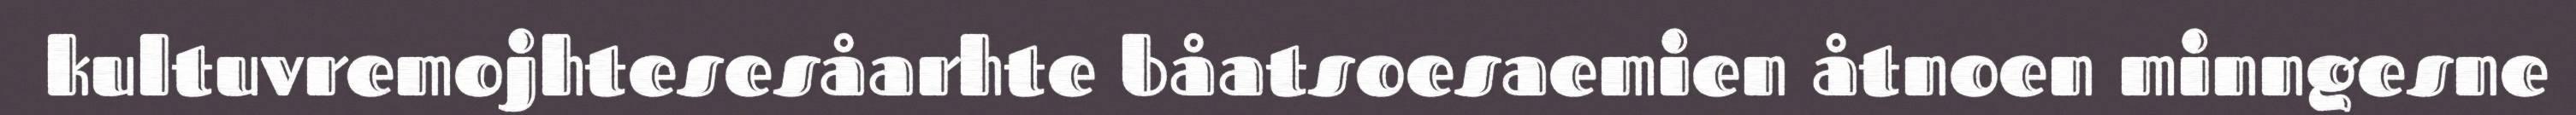
kultuvremojhtesesåarhte båatsoesaemien åtnoen minngesne